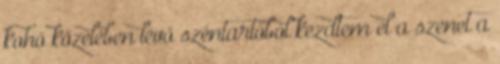
kohó közelében lévő széntartóból kezdtem el a szenet a